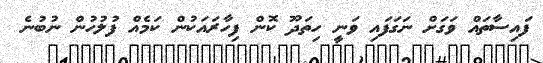
ފައިސާތައް ވަގަށް ނަގަފައި ވަނީ ހިތަދޫ ކޮން ފިހާރައަކުން ކަމެއް ފުލުހުން ނުބުނެ